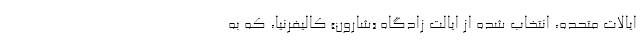
ایالات متحده، انتخاب شده از ایالت زادگاه «شارون» کالیفرنیا، که به